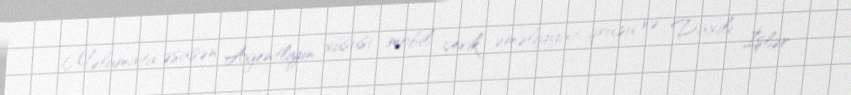
Məlumata əsasən Agentliyin xüsusi mobil çevik əməliyyat qrupu və Daxili İşlər